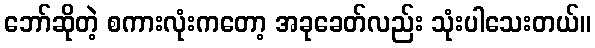
ဘော်ဆိုတဲ့ စကားလုံးကတော့ အခုခေတ်လည်း သုံးပါသေးတယ်။